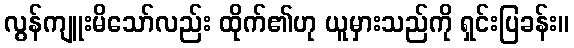
လွန်ကျူးမိသော်လည်း ထိုက်၏ဟု ယူမှားသည်ကို ရှင်းပြခန်း။